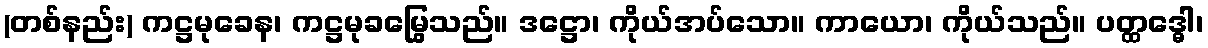
(တစ်နည်း) ကဋ္ဌမုခေန၊ ကဋ္ဌမုခမြွေသည်။ ဒဋ္ဌော၊ ကိုယ်အပ်သော။ ကာယော၊ ကိုယ်သည်။ ပတ္ထဒ္ဓေါ၊